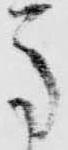
馬